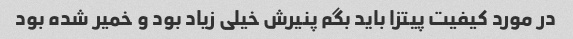
در مورد کیفیت پیتزا باید بگم پنیرش خیلی زیاد بود و خمیر شده بود